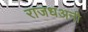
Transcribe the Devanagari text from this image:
राजधअनी